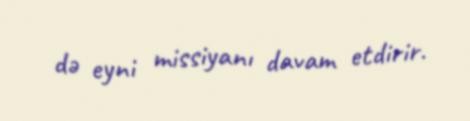
də eyni missiyanı davam etdirir.